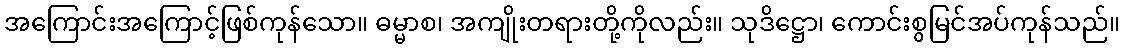
အကြောင်းအကြောင့်ဖြစ်ကုန်သော။ ဓမ္မာစ၊ အကျိုးတရားတို့ကိုလည်း။ သုဒိဋ္ဌော၊ ကောင်းစွမြင်အပ်ကုန်သည်။